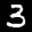
Label: 3